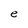
Character: e